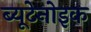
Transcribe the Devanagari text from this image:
ब्यूटेनोइक